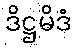
ဒိဋ္ဌမိဒံ